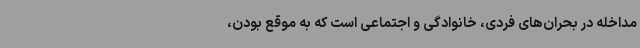
مداخله در بحران‌های فردی، خانوادگی و اجتماعی است که به موقع بودن،